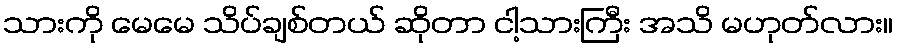
သားကို မေမေ သိပ်ချစ်တယ် ဆိုတာ ငါ့သားကြီး အသိ မဟုတ်လား။